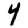
Digit: 4